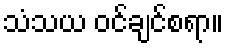
သံသယ ဝင်ချင်စရာ။